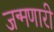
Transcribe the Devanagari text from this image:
जन्मणारी